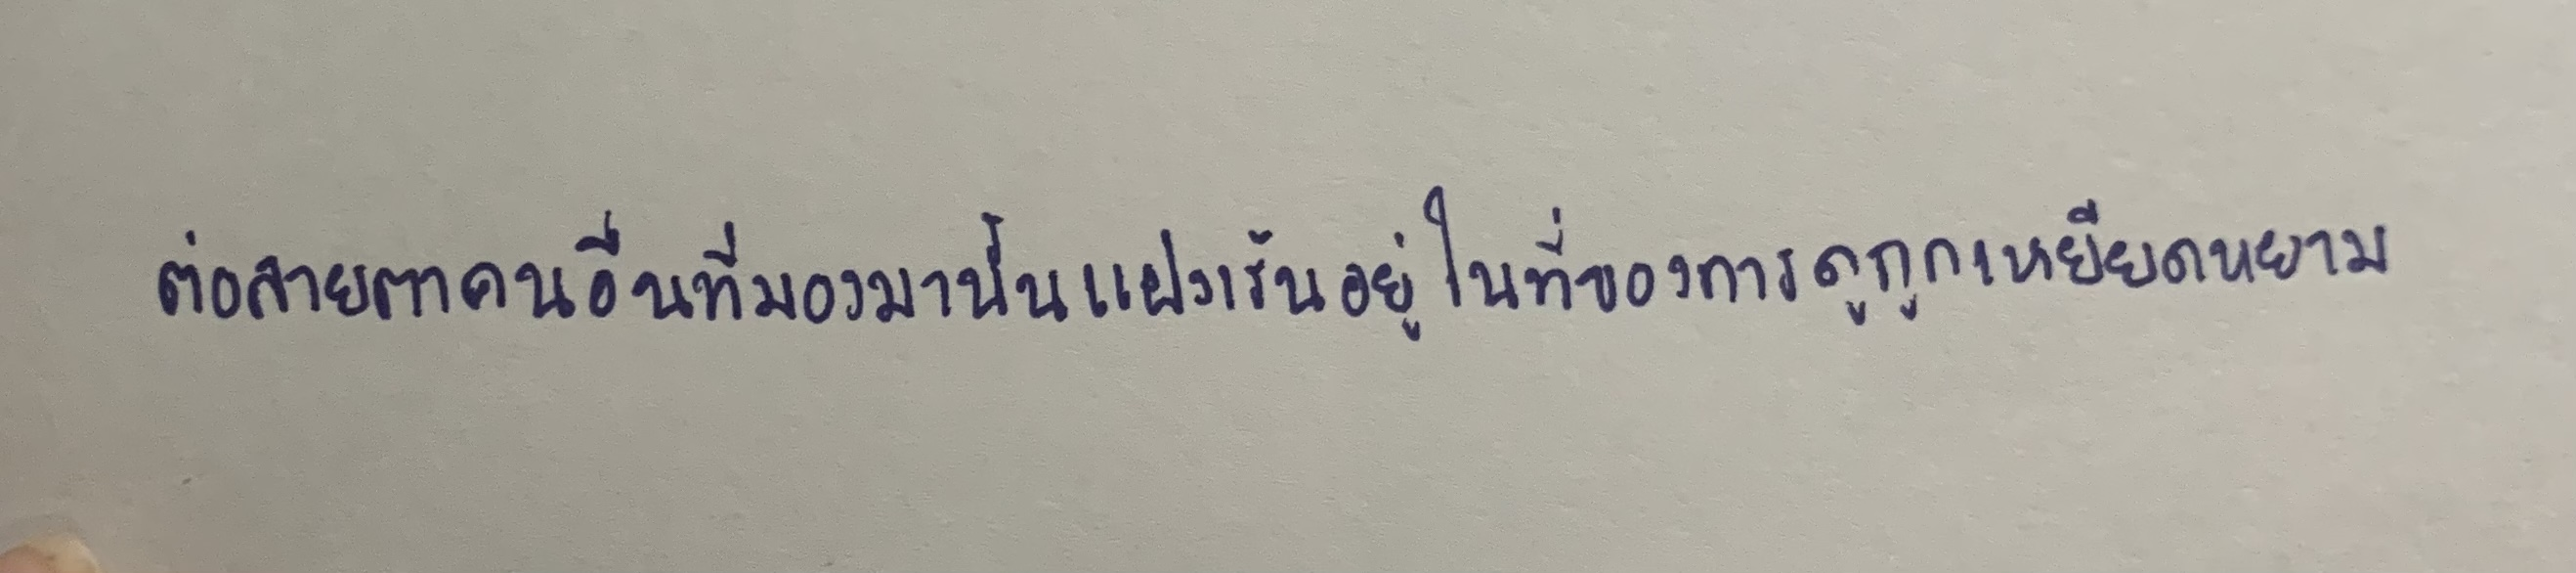
ต่อสายตาคนอื่นที่มองมานั้นแฝงเร้นอยู่ในที่ของการดูถูกเหยียดหยาม